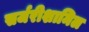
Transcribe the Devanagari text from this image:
सर्जरीशामिल